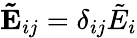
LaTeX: \mathbf{\tilde{E}}_{ij}=\delta_{ij}\tilde{E}_{i}